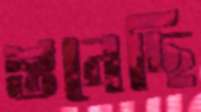
শুনেছি